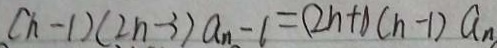
( n - 1 ) ( 2 n - 3 ) a _ { n } - 1 = ( 2 n + 1 ) ( n - 1 ) a _ { n }